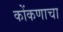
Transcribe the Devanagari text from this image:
कोंकणाचा